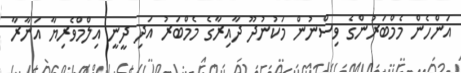
އަންހެން މެމްބަރުންގެ ވިސްނުން މަކުނުދޫ ދާއިރާގެ މެމްބަރު އަދި ދީނީ އިލްމްވެރިޔާ އަނާރާ